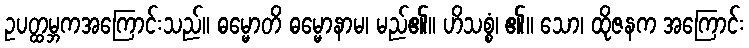
ဥပတ္ထမ္ဘကအကြောင်းသည်။ ဓမ္မောတိ ဓမ္မောနာမ၊ မည်၏။ ဟိသစ္စံ၊ ၏။ သော၊ ထိုဇနက အကြောင်း